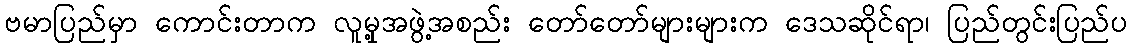
ဗမာပြည်မှာ ကောင်းတာက လူမှု့အဖွဲ့အစည်း တော်တော်များများက ဒေသဆိုင်ရာ၊ ပြည်တွင်းပြည်ပ